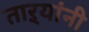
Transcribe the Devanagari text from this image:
ताऱ्यांनी